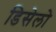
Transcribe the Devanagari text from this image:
डिसेलो